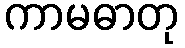
ကာမဓာတု